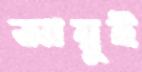
আয়ুই